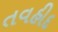
તવહીદ